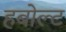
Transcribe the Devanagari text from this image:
हबोल्ट